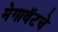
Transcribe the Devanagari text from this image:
मेगावॅटचे